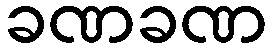
ခဏခဏ